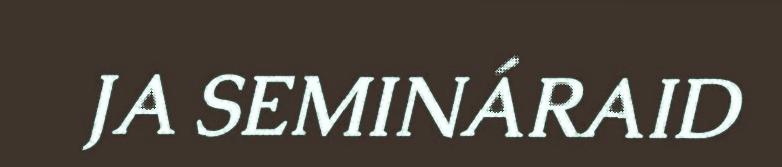
JA SEMINÁRAID